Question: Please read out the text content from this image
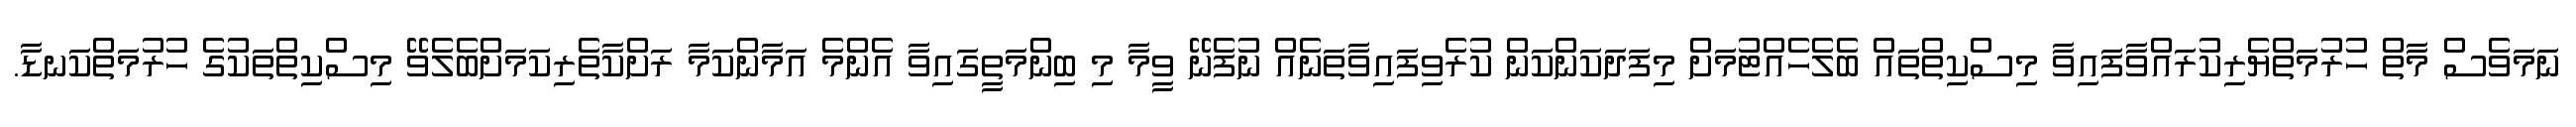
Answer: ނަމަވެސް މާތް ހުރުމަތްޔެރިކުރައްވާފައިވާ މިސްކިތްތައް ބެލެހެއްޓުމަށް މިފަދަކަންކަން ކުރެވިފައިވާތަނެއް ނުފެނޭ ވީމާ މިި ބިންމަތީގައިވާ އެންމެ އަމާންކަމާ ރަށްކާތެރިކަމަށްބެލެވޭ މިސްކިތްތަކުގެ ހުރުމަތްކަނޑާ.